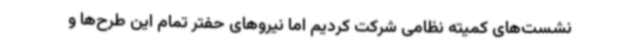
نشست‌های کمیته نظامی شرکت کردیم اما نیروهای حفتر تمام این طرح‌ها و